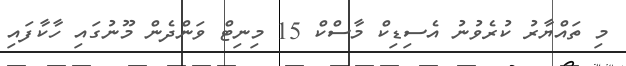
މި ތައްޔާރު ކުރެވުނު އެސިޑިކް މާސްކް 15 މިނިޓް ވަންދެން މޫނުގައި ހާކާފައި